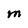
Character: M